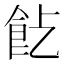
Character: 𩚋